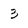
Character: 3